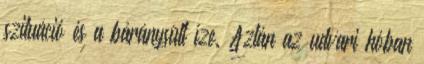
szituáció és a báránysült íze. Aztán az udvari hóban